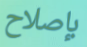
بإصلاح